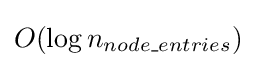
O(\log {n_{node\_entries}})